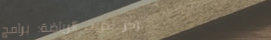
مركز تدريب الرياضة: برامج